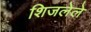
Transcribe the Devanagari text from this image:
शिजलेले